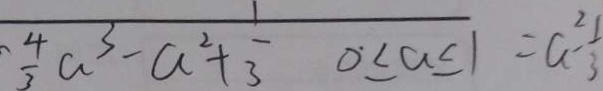
\frac { 4 } { 3 } a ^ { 3 } - a ^ { 2 } + \frac { 1 } { 3 } 0 \leq a \leq 1 = a ^ { 2 } - \frac { 1 } { 3 }